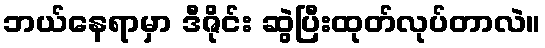
ဘယ်နေရာမှာ ဒီဇိုင်း ဆွဲပြီးထုတ်လုပ်တာလဲ။